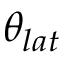
\theta _ { l a t }